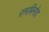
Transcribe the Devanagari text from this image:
रामबिनोद